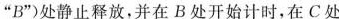
”B”)处静止释放，并在B处开始计时，在C处